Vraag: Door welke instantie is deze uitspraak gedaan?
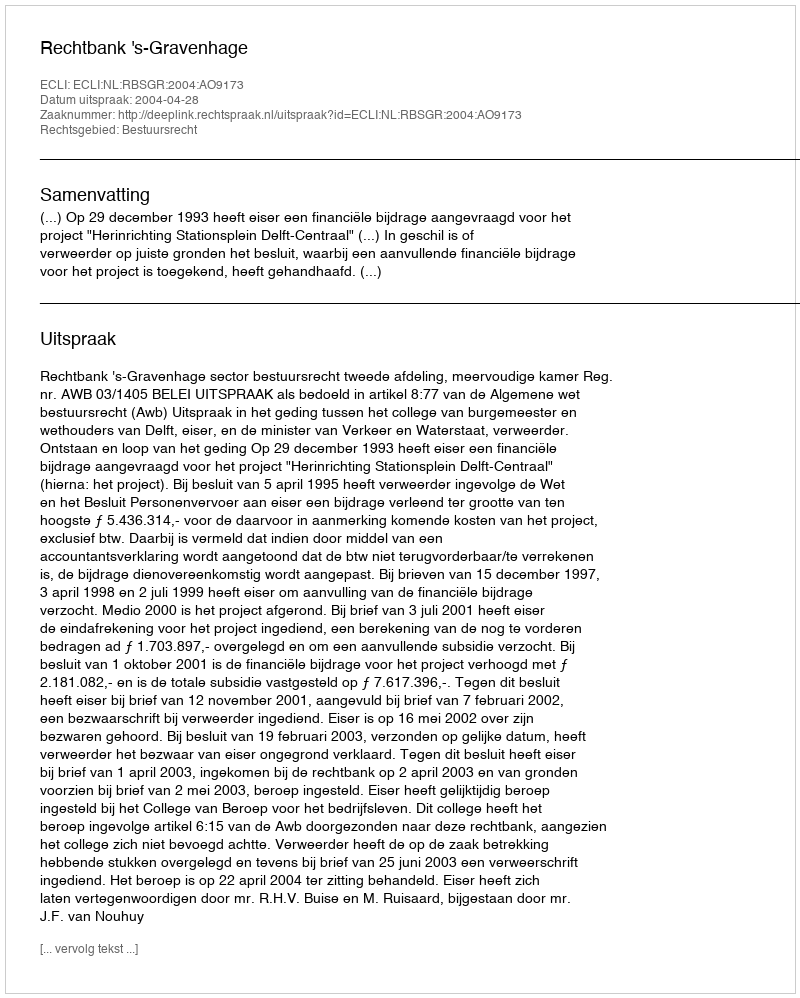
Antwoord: Rechtbank 's-Gravenhage